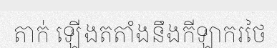
តាក់ ឡើងតតាំងនឹងកីឡាករថៃ